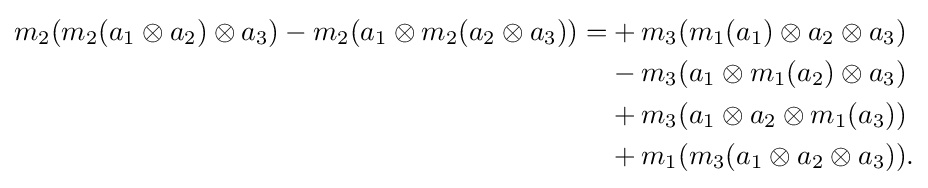
{\begin{aligned}m_{2}(m_{2}(a_{1}\otimes a_{2})\otimes a_{3})-m_{2}(a_{1}\otimes m_{2}(a_{2}\otimes a_{3}))=&+m_{3}(m_{1}(a_{1})\otimes a_{2}\otimes a_{3})\\&-m_{3}(a_{1}\otimes m_{1}(a_{2})\otimes a_{3})\\&+m_{3}(a_{1}\otimes a_{2}\otimes m_{1}(a_{3}))\\&+m_{1}(m_{3}(a_{1}\otimes a_{2}\otimes a_{3})).\end{aligned}}